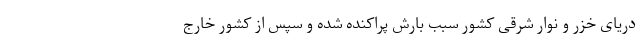
دریای خزر و نوار شرقی کشور سبب بارش پراکنده شده و سپس از کشور خارج